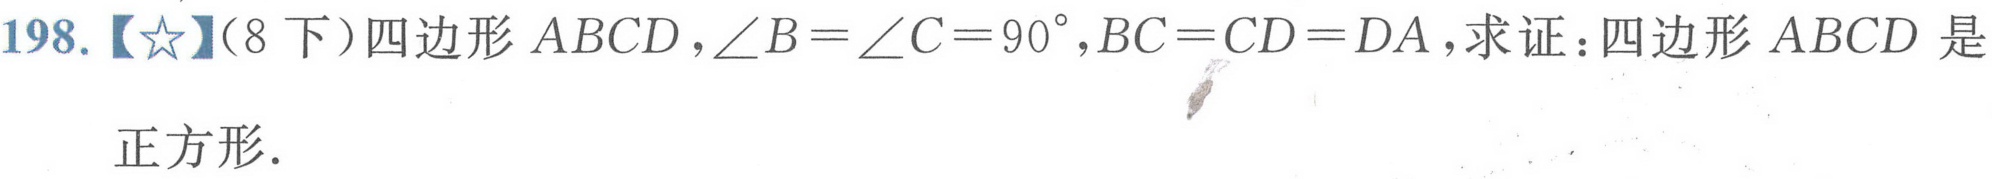
198.【★】（8下）四边形\(ABCD\)，\(\angle B=\angle C = 90^{\circ}\)，\(BC = CD = DA\)，求证：四边形\(ABCD\)是正方形.